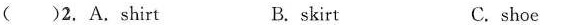
( )2. A.Shirt B.skirt C. shoe